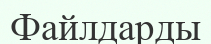
Файлдарды